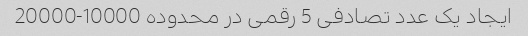
ایجاد یک عدد تصادفی 5 رقمی در محدوده 10000-20000